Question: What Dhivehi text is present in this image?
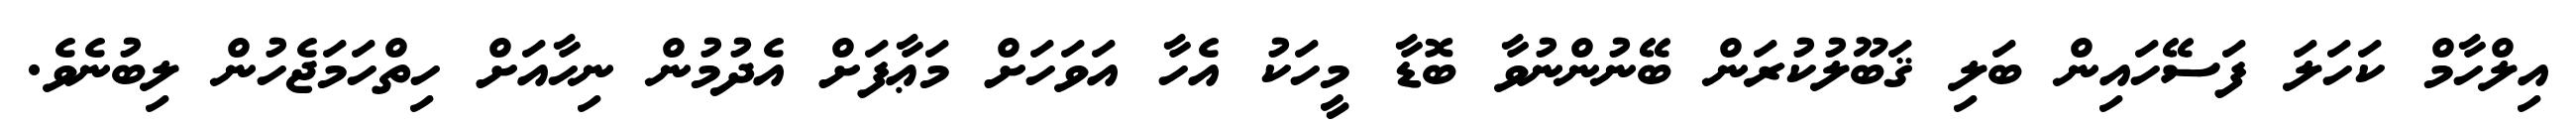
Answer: އިލްހާމް ކަހަލަ ފަސޭހައިން ބަލި ޤަބޫލުކުރަން ބޭނުންނުވާ ބޮޑާ މީހަކު އެހާ އަވަހަށް މަޢާފަށް އެދުމުން ނިހާއަށް ހިތްހަމަޖެހުން ލިބުނެވެ.